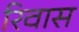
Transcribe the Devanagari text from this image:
रिवास